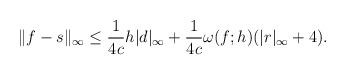
LaTeX: \begin{align*} \|f-s\|_\infty & \le \frac{1}{4c} h |d|_\infty + \frac{1}{4c}\omega(f;h) (|r|_\infty +4).\end{align*}